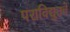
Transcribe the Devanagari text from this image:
पराविद्युतचे